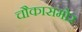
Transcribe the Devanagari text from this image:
चौकासमोर